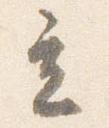
立